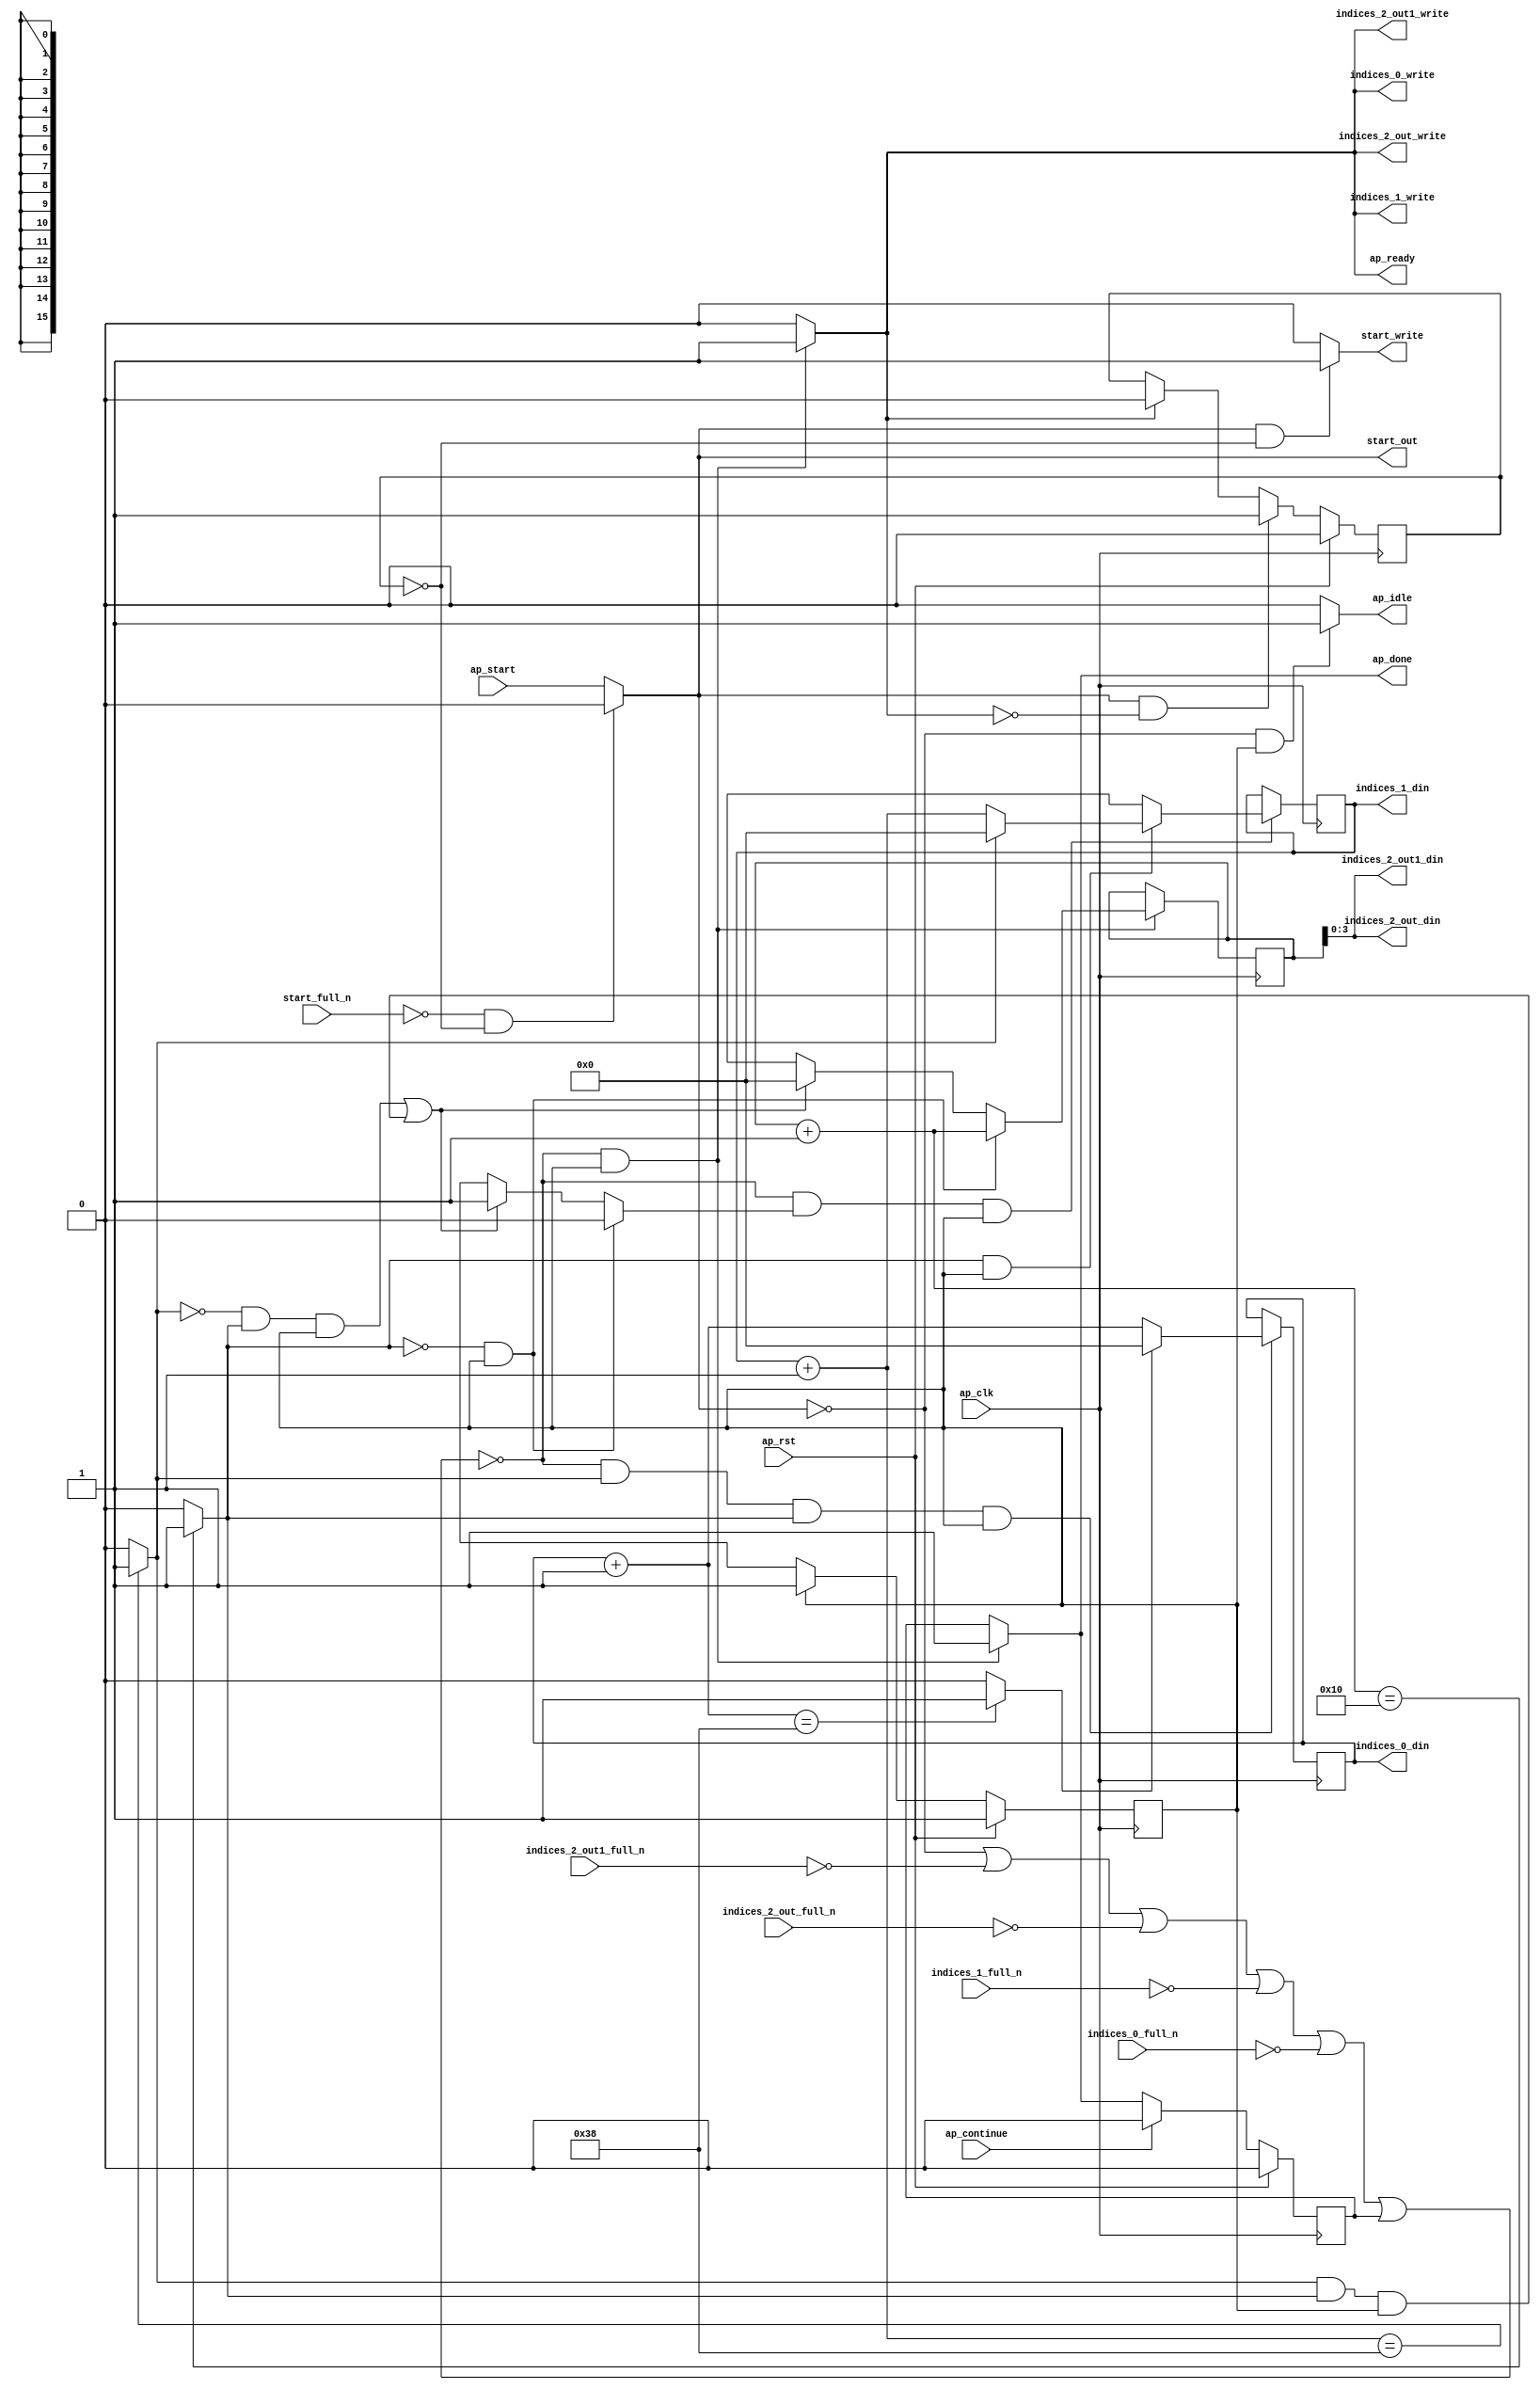
`define EXPONENT 5
`define MANTISSA 10
`define ACTUAL_MANTISSA 11
`define EXPONENT_LSB 10
`define EXPONENT_MSB 14
`define MANTISSA_LSB 0
`define MANTISSA_MSB 9
`define MANTISSA_MUL_SPLIT_LSB 3
`define MANTISSA_MUL_SPLIT_MSB 9
`define SIGN 1
`define SIGN_LOC 15
`define DWIDTH (`SIGN+`EXPONENT+`MANTISSA)
`define IEEE_COMPLIANCE 1

module td_fused_top_tdf3_get_next_ijk (
        ap_clk,
        ap_rst,
        ap_start,
        start_full_n,
        ap_done,
        ap_continue,
        ap_idle,
        ap_ready,
        start_out,
        start_write,
        indices_0_din,
        indices_0_full_n,
        indices_0_write,
        indices_1_din,
        indices_1_full_n,
        indices_1_write,
        indices_2_out_din,
        indices_2_out_full_n,
        indices_2_out_write,
        indices_2_out1_din,
        indices_2_out1_full_n,
        indices_2_out1_write
);

parameter    ap_ST_fsm_state1 = 1'd1;

input   ap_clk;
input   ap_rst;
input   ap_start;
input   start_full_n;
output   ap_done;
input   ap_continue;
output   ap_idle;
output   ap_ready;
output   start_out;
output   start_write;
output  [15:0] indices_0_din;
input   indices_0_full_n;
output   indices_0_write;
output  [15:0] indices_1_din;
input   indices_1_full_n;
output   indices_1_write;
output  [3:0] indices_2_out_din;
input   indices_2_out_full_n;
output   indices_2_out_write;
output  [3:0] indices_2_out1_din;
input   indices_2_out1_full_n;
output   indices_2_out1_write;

reg ap_done;
reg ap_idle;
reg start_write;
reg indices_0_write;
reg indices_1_write;
reg indices_2_out_write;
reg indices_2_out1_write;

reg    real_start;
reg    start_once_reg;
reg    ap_done_reg;
  reg   [0:0] ap_CS_fsm;
wire    ap_CS_fsm_state1;
reg    internal_ap_ready;
reg   [15:0] i_2;
reg   [15:0] j_2;
reg   [15:0] k_2;
reg    indices_0_blk_n;
reg    indices_1_blk_n;
reg    indices_2_out_blk_n;
reg    indices_2_out1_blk_n;
reg   [0:0] ap_phi_mux_j_14_flag_0_i_phi_fu_77_p6;
reg    ap_block_state1;
wire   [0:0] icmp_ln108_fu_141_p2;
wire   [0:0] icmp_ln111_fu_154_p2;
reg   [15:0] ap_phi_mux_j_14_new_0_i_phi_fu_91_p6;
wire   [15:0] add_ln110_fu_147_p2;
reg   [15:0] ap_phi_mux_k_14_new_0_i_phi_fu_104_p6;
wire   [15:0] add_ln107_fu_134_p2;
wire   [15:0] select_ln114_fu_172_p3;
wire   [3:0] trunc_ln106_fu_128_p1;
wire   [15:0] add_ln113_fu_160_p2;
wire   [0:0] icmp_ln114_fu_166_p2;
reg   [0:0] ap_NS_fsm;
wire    ap_ce_reg;

// power-on initialization
initial begin
#0 start_once_reg = 1'b0;
#0 ap_done_reg = 1'b0;
#0 ap_CS_fsm = 1'd1;
#0 i_2 = 16'd0;
#0 j_2 = 16'd0;
#0 k_2 = 16'd0;
end

always @ (posedge ap_clk) begin
    if (ap_rst == 1'b1) begin
        ap_CS_fsm <= ap_ST_fsm_state1;
    end else begin
        ap_CS_fsm <= ap_NS_fsm;
    end
end

always @ (posedge ap_clk) begin
    if (ap_rst == 1'b1) begin
        ap_done_reg <= 1'b0;
    end else begin
        if ((ap_continue == 1'b1)) begin
            ap_done_reg <= 1'b0;
        end else if ((~((real_start == 1'b0) | (indices_2_out1_full_n == 1'b0) | (indices_2_out_full_n == 1'b0) | (indices_1_full_n == 1'b0) | (indices_0_full_n == 1'b0) | (ap_done_reg == 1'b1)) & (1'b1 == ap_CS_fsm_state1))) begin
            ap_done_reg <= 1'b1;
        end
    end
end

always @ (posedge ap_clk) begin
    if (ap_rst == 1'b1) begin
        start_once_reg <= 1'b0;
    end else begin
        if (((real_start == 1'b1) & (internal_ap_ready == 1'b0))) begin
            start_once_reg <= 1'b1;
        end else if ((internal_ap_ready == 1'b1)) begin
            start_once_reg <= 1'b0;
        end
    end
end

always @ (posedge ap_clk) begin
    if ((~((real_start == 1'b0) | (indices_2_out1_full_n == 1'b0) | (indices_2_out_full_n == 1'b0) | (indices_1_full_n == 1'b0) | (indices_0_full_n == 1'b0) | (ap_done_reg == 1'b1)) & (icmp_ln111_fu_154_p2 == 1'd1) & (icmp_ln108_fu_141_p2 == 1'd1) & (1'b1 == ap_CS_fsm_state1))) begin
        i_2 <= select_ln114_fu_172_p3;
    end
end

always @ (posedge ap_clk) begin
    if ((~((real_start == 1'b0) | (indices_2_out1_full_n == 1'b0) | (indices_2_out_full_n == 1'b0) | (indices_1_full_n == 1'b0) | (indices_0_full_n == 1'b0) | (ap_done_reg == 1'b1)) & (ap_phi_mux_j_14_flag_0_i_phi_fu_77_p6 == 1'd1) & (1'b1 == ap_CS_fsm_state1))) begin
        j_2 <= ap_phi_mux_j_14_new_0_i_phi_fu_91_p6;
    end
end

always @ (posedge ap_clk) begin
    if ((~((real_start == 1'b0) | (indices_2_out1_full_n == 1'b0) | (indices_2_out_full_n == 1'b0) | (indices_1_full_n == 1'b0) | (indices_0_full_n == 1'b0) | (ap_done_reg == 1'b1)) & (1'b1 == ap_CS_fsm_state1))) begin
        k_2 <= ap_phi_mux_k_14_new_0_i_phi_fu_104_p6;
    end
end

always @ (*) begin
    if ((~((real_start == 1'b0) | (indices_2_out1_full_n == 1'b0) | (indices_2_out_full_n == 1'b0) | (indices_1_full_n == 1'b0) | (indices_0_full_n == 1'b0) | (ap_done_reg == 1'b1)) & (1'b1 == ap_CS_fsm_state1))) begin
        ap_done = 1'b1;
    end else begin
        ap_done = ap_done_reg;
    end
end

always @ (*) begin
    if (((real_start == 1'b0) & (1'b1 == ap_CS_fsm_state1))) begin
        ap_idle = 1'b1;
    end else begin
        ap_idle = 1'b0;
    end
end

always @ (*) begin
    if (((icmp_ln108_fu_141_p2 == 1'd0) & (1'b1 == ap_CS_fsm_state1))) begin
        ap_phi_mux_j_14_flag_0_i_phi_fu_77_p6 = 1'd0;
    end else if ((((icmp_ln111_fu_154_p2 == 1'd0) & (icmp_ln108_fu_141_p2 == 1'd1) & (1'b1 == ap_CS_fsm_state1)) | ((icmp_ln111_fu_154_p2 == 1'd1) & (icmp_ln108_fu_141_p2 == 1'd1) & (1'b1 == ap_CS_fsm_state1)))) begin
        ap_phi_mux_j_14_flag_0_i_phi_fu_77_p6 = 1'd1;
    end else begin
        ap_phi_mux_j_14_flag_0_i_phi_fu_77_p6 = 'bx;
    end
end

always @ (*) begin
    if (((icmp_ln108_fu_141_p2 == 1'd1) & (1'b1 == ap_CS_fsm_state1))) begin
        if ((icmp_ln111_fu_154_p2 == 1'd0)) begin
            ap_phi_mux_j_14_new_0_i_phi_fu_91_p6 = add_ln110_fu_147_p2;
        end else if ((icmp_ln111_fu_154_p2 == 1'd1)) begin
            ap_phi_mux_j_14_new_0_i_phi_fu_91_p6 = 16'd0;
        end else begin
            ap_phi_mux_j_14_new_0_i_phi_fu_91_p6 = 'bx;
        end
    end else begin
        ap_phi_mux_j_14_new_0_i_phi_fu_91_p6 = 'bx;
    end
end

always @ (*) begin
    if (((icmp_ln108_fu_141_p2 == 1'd0) & (1'b1 == ap_CS_fsm_state1))) begin
        ap_phi_mux_k_14_new_0_i_phi_fu_104_p6 = add_ln107_fu_134_p2;
    end else if ((((icmp_ln111_fu_154_p2 == 1'd0) & (icmp_ln108_fu_141_p2 == 1'd1) & (1'b1 == ap_CS_fsm_state1)) | ((icmp_ln111_fu_154_p2 == 1'd1) & (icmp_ln108_fu_141_p2 == 1'd1) & (1'b1 == ap_CS_fsm_state1)))) begin
        ap_phi_mux_k_14_new_0_i_phi_fu_104_p6 = 16'd0;
    end else begin
        ap_phi_mux_k_14_new_0_i_phi_fu_104_p6 = 'bx;
    end
end

always @ (*) begin
    if ((~((real_start == 1'b0) | (ap_done_reg == 1'b1)) & (1'b1 == ap_CS_fsm_state1))) begin
        indices_0_blk_n = indices_0_full_n;
    end else begin
        indices_0_blk_n = 1'b1;
    end
end

always @ (*) begin
    if ((~((real_start == 1'b0) | (indices_2_out1_full_n == 1'b0) | (indices_2_out_full_n == 1'b0) | (indices_1_full_n == 1'b0) | (indices_0_full_n == 1'b0) | (ap_done_reg == 1'b1)) & (1'b1 == ap_CS_fsm_state1))) begin
        indices_0_write = 1'b1;
    end else begin
        indices_0_write = 1'b0;
    end
end

always @ (*) begin
    if ((~((real_start == 1'b0) | (ap_done_reg == 1'b1)) & (1'b1 == ap_CS_fsm_state1))) begin
        indices_1_blk_n = indices_1_full_n;
    end else begin
        indices_1_blk_n = 1'b1;
    end
end

always @ (*) begin
    if ((~((real_start == 1'b0) | (indices_2_out1_full_n == 1'b0) | (indices_2_out_full_n == 1'b0) | (indices_1_full_n == 1'b0) | (indices_0_full_n == 1'b0) | (ap_done_reg == 1'b1)) & (1'b1 == ap_CS_fsm_state1))) begin
        indices_1_write = 1'b1;
    end else begin
        indices_1_write = 1'b0;
    end
end

always @ (*) begin
    if ((~((real_start == 1'b0) | (ap_done_reg == 1'b1)) & (1'b1 == ap_CS_fsm_state1))) begin
        indices_2_out1_blk_n = indices_2_out1_full_n;
    end else begin
        indices_2_out1_blk_n = 1'b1;
    end
end

always @ (*) begin
    if ((~((real_start == 1'b0) | (indices_2_out1_full_n == 1'b0) | (indices_2_out_full_n == 1'b0) | (indices_1_full_n == 1'b0) | (indices_0_full_n == 1'b0) | (ap_done_reg == 1'b1)) & (1'b1 == ap_CS_fsm_state1))) begin
        indices_2_out1_write = 1'b1;
    end else begin
        indices_2_out1_write = 1'b0;
    end
end

always @ (*) begin
    if ((~((real_start == 1'b0) | (ap_done_reg == 1'b1)) & (1'b1 == ap_CS_fsm_state1))) begin
        indices_2_out_blk_n = indices_2_out_full_n;
    end else begin
        indices_2_out_blk_n = 1'b1;
    end
end

always @ (*) begin
    if ((~((real_start == 1'b0) | (indices_2_out1_full_n == 1'b0) | (indices_2_out_full_n == 1'b0) | (indices_1_full_n == 1'b0) | (indices_0_full_n == 1'b0) | (ap_done_reg == 1'b1)) & (1'b1 == ap_CS_fsm_state1))) begin
        indices_2_out_write = 1'b1;
    end else begin
        indices_2_out_write = 1'b0;
    end
end

always @ (*) begin
    if ((~((real_start == 1'b0) | (indices_2_out1_full_n == 1'b0) | (indices_2_out_full_n == 1'b0) | (indices_1_full_n == 1'b0) | (indices_0_full_n == 1'b0) | (ap_done_reg == 1'b1)) & (1'b1 == ap_CS_fsm_state1))) begin
        internal_ap_ready = 1'b1;
    end else begin
        internal_ap_ready = 1'b0;
    end
end

always @ (*) begin
    if (((start_full_n == 1'b0) & (start_once_reg == 1'b0))) begin
        real_start = 1'b0;
    end else begin
        real_start = ap_start;
    end
end

always @ (*) begin
    if (((real_start == 1'b1) & (start_once_reg == 1'b0))) begin
        start_write = 1'b1;
    end else begin
        start_write = 1'b0;
    end
end

always @ (*) begin
    case (ap_CS_fsm)
        ap_ST_fsm_state1 : begin
            ap_NS_fsm = ap_ST_fsm_state1;
        end
        default : begin
            ap_NS_fsm = 'bx;
        end
    endcase
end

assign add_ln107_fu_134_p2 = (k_2 + 16'd1);

assign add_ln110_fu_147_p2 = (j_2 + 16'd1);

assign add_ln113_fu_160_p2 = (i_2 + 16'd1);

assign ap_CS_fsm_state1 = ap_CS_fsm[32'd0];

always @ (*) begin
    ap_block_state1 = ((real_start == 1'b0) | (indices_2_out1_full_n == 1'b0) | (indices_2_out_full_n == 1'b0) | (indices_1_full_n == 1'b0) | (indices_0_full_n == 1'b0) | (ap_done_reg == 1'b1));
end

assign ap_ready = internal_ap_ready;

assign icmp_ln108_fu_141_p2 = ((add_ln107_fu_134_p2 == 16'd16) ? 1'b1 : 1'b0);

assign icmp_ln111_fu_154_p2 = ((add_ln110_fu_147_p2 == 16'd56) ? 1'b1 : 1'b0);

assign icmp_ln114_fu_166_p2 = ((add_ln113_fu_160_p2 == 16'd56) ? 1'b1 : 1'b0);

assign indices_0_din = i_2;

assign indices_1_din = j_2;

assign indices_2_out1_din = trunc_ln106_fu_128_p1;

assign indices_2_out_din = trunc_ln106_fu_128_p1;

assign select_ln114_fu_172_p3 = ((icmp_ln114_fu_166_p2[0:0] == 1'b1) ? 16'd0 : add_ln113_fu_160_p2);

assign start_out = real_start;

assign trunc_ln106_fu_128_p1 = k_2[3:0];

endmodule //td_fused_top_tdf3_get_next_ijk